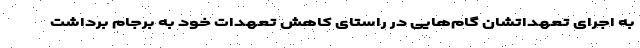
به اجرای تعهداتشان گام‌هایی در راستای کاهش تعهدات خود به برجام برداشت